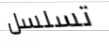
تسلسل